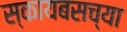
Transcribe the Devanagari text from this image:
स्कायबसच्या